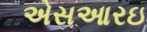
એસઆરઇ